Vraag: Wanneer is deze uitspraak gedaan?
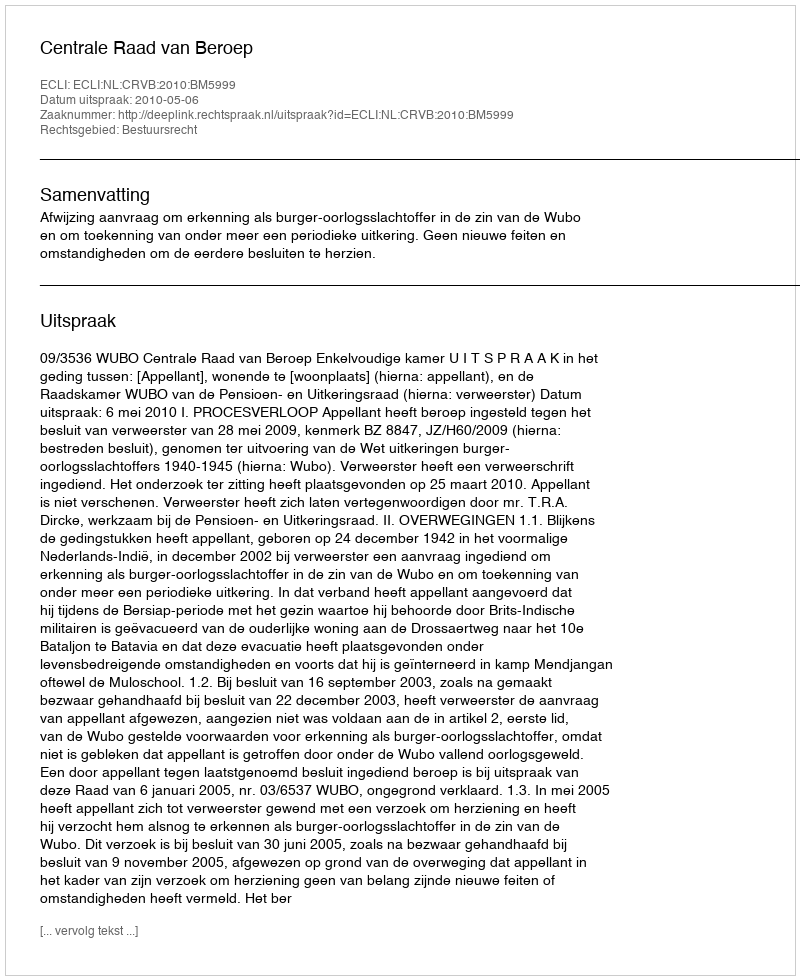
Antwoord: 2010-05-06